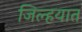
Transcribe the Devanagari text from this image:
जिल्‍हयात